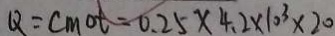
Q = c m o t = 0 . 2 5 \times 4 . 2 \times 1 0 ^ { 3 } \times 2 0